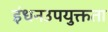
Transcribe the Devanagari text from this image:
इंधनउपयुक्तता